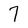
Character: 7